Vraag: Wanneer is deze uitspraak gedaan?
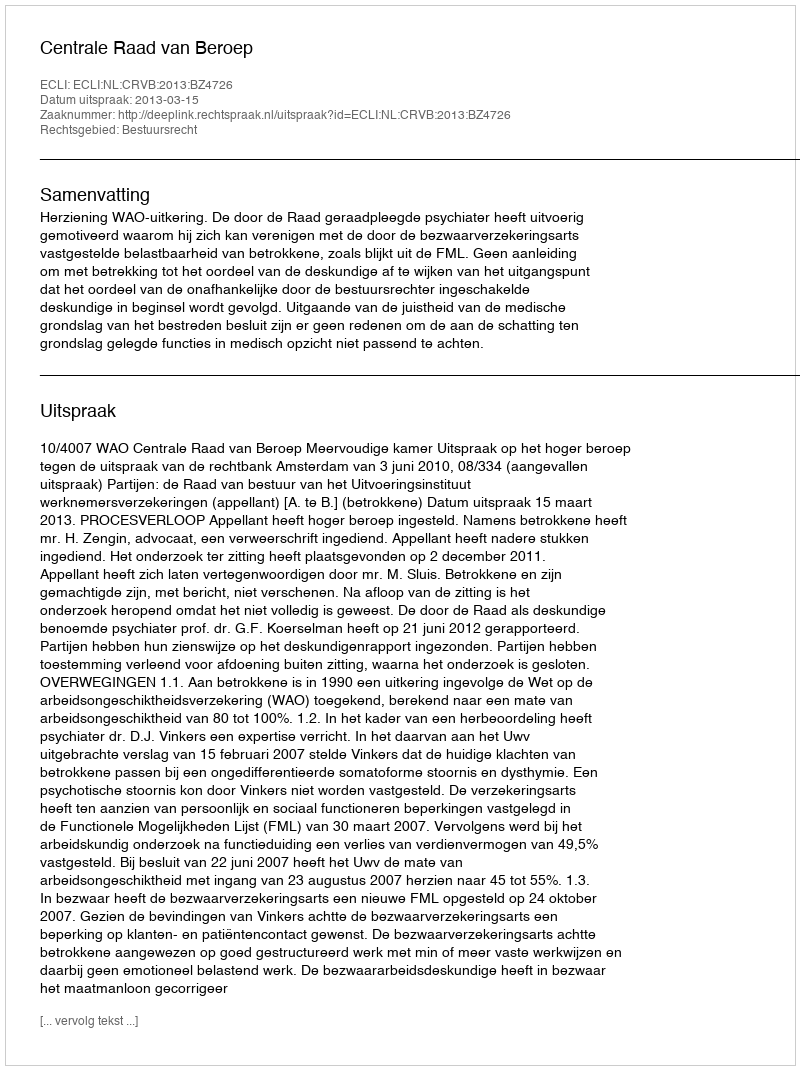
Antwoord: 2013-03-15